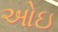
ઓઇ